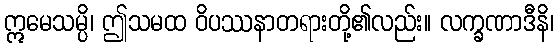
ဣမေသမ္ပိ၊ ဤသမထ ဝိပဿနာတရားတို့၏လည်း။ လက္ခဏာဒီနိ၊